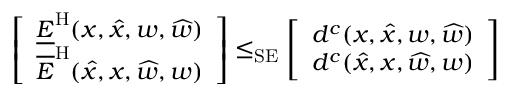
\left[ \begin{array} { l } { \underline { { E } } ^ { \mathrm { H } } ( x , \widehat { x } , w , \widehat { w } ) } \\ { \overline { { E } } ^ { \mathrm { H } } ( \widehat { x } , x , \widehat { w } , w ) } \end{array} \right] \le _ { \mathrm { S E } } \left[ \begin{array} { l } { d ^ { c } ( x , \widehat { x } , w , \widehat { w } ) } \\ { d ^ { c } ( \widehat { x } , x , \widehat { w } , w ) } \end{array} \right]